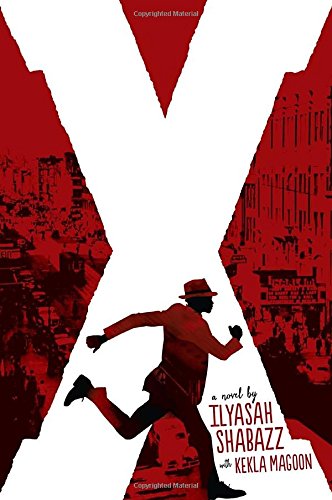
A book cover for X: A Novel; Ilyasah Shabazz; Teen & Young Adult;